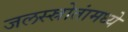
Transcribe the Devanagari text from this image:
जलस्स्रोतांमध्ये